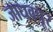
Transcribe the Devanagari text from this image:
जाधवपूर